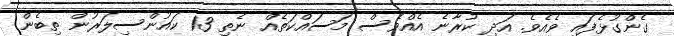
ގެންގުޅެފައި ވެއެވެ. އަދި ކުރާނެ އެއްވެސް މަސައްކަތެއް ނެތި 13 ކައުންސިލަރުން ތިބެން